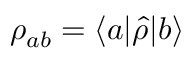
\rho _ { a b } = \langle a | \hat { \rho } | b \rangle